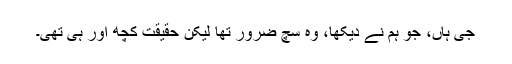
جی ہاں، جو ہم نے دیکھا، وہ سچ ضرور تھا لیکن حقیقت کچھ اور ہی تھی۔